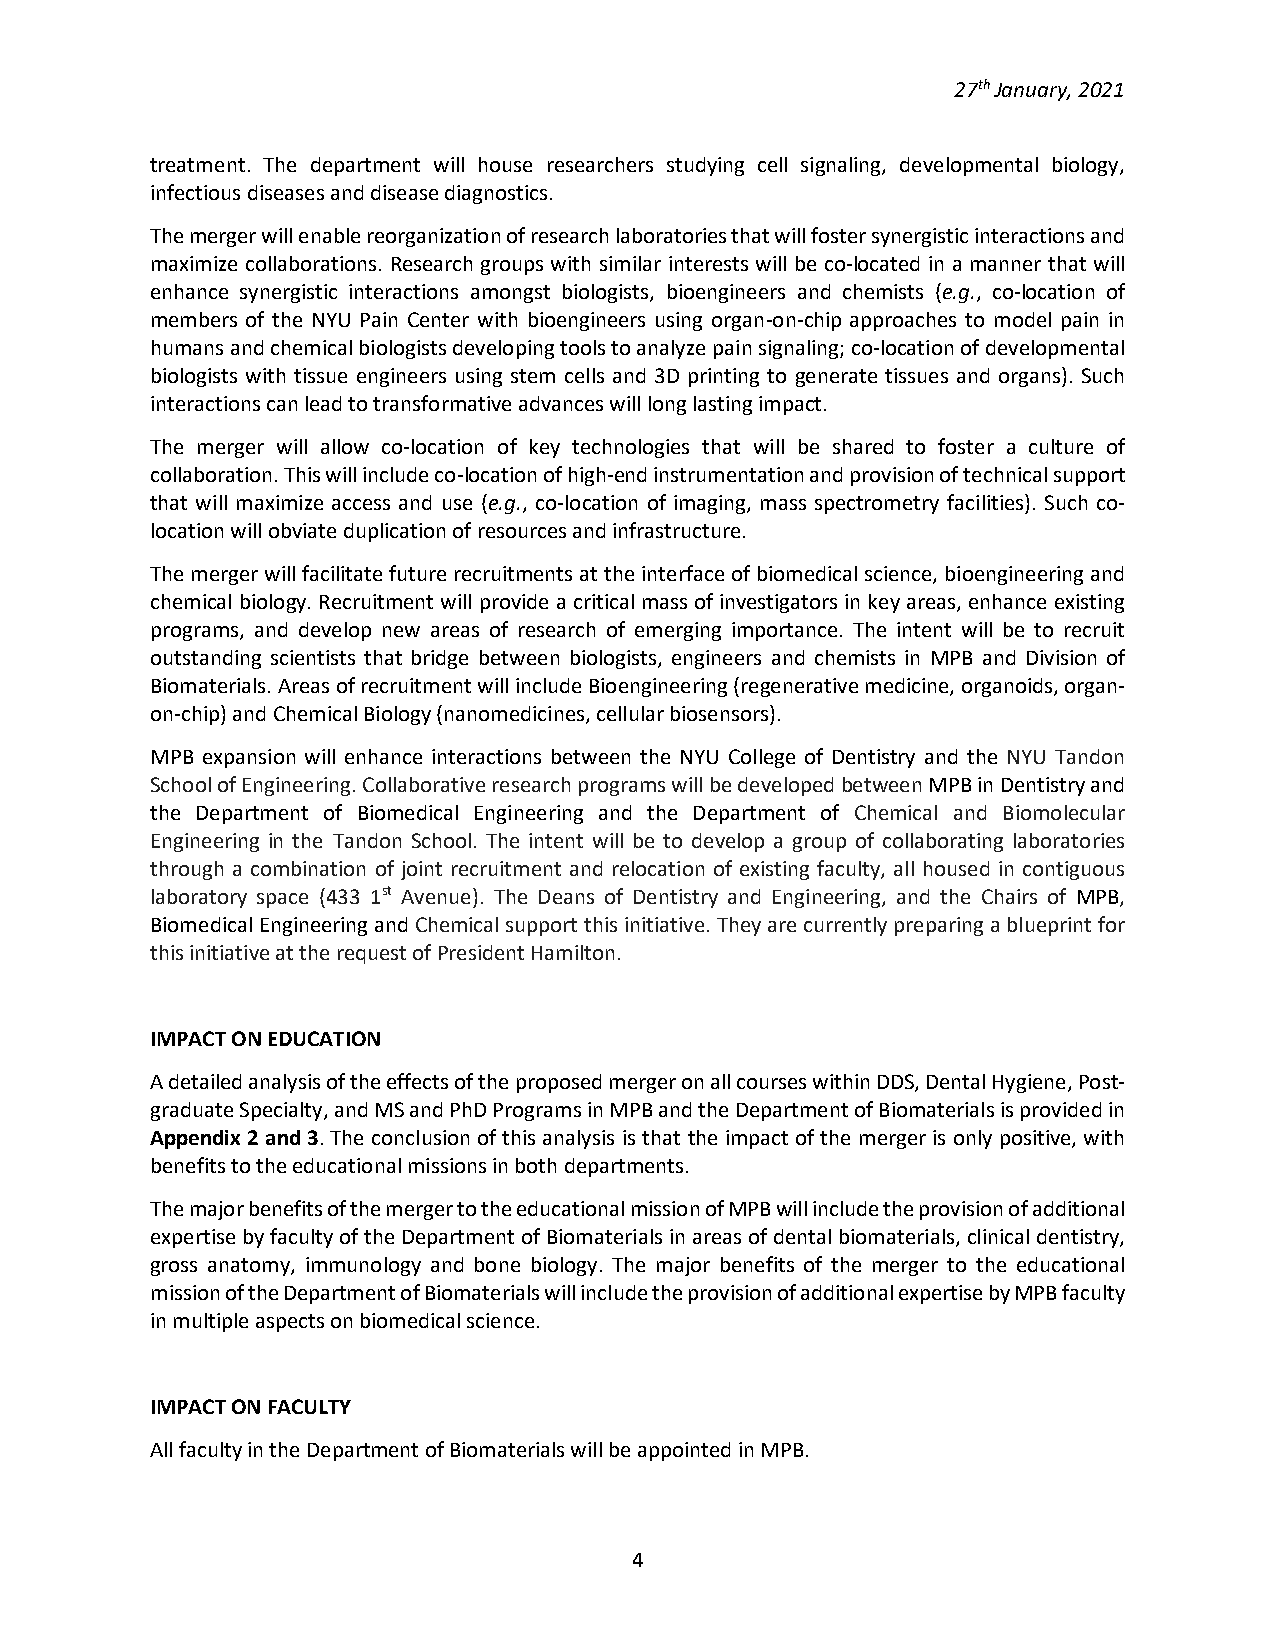
27th January, 2021
 treatment. The department will house researchers studying cell signaling, developmental biology,
 infectious diseases and disease diagnostics.
 The merger will enable reorganization of research laboratories that will foster synergistic interactions and
 maximize collaborations. Research groups with similar interests will be co-located in a manner that will
 enhance synergistic interactions amongst biologists, bioengineers and chemists (e.g., co-location of
 members of the NYU Pain Center with bioengineers using organ-on-chip approaches to model pain in
 humans and chemical biologists developing tools to analyze pain signaling; co-location of developmental
 biologists with tissue engineers using stem cells and 3D printing to generate tissues and organs). Such
 interactions can lead to transformative advances will long lasting impact.
 The merger will allow co-location of key technologies that will be shared to foster a culture of
 collaboration. This will include co-location of high-end instrumentation and provision of technical support
 that will maximize access and use (e.g., co-location of imaging, mass spectrometry facilities). Such co-
 location will obviate duplication of resources and infrastructure.
 The merger will facilitate future recruitments at the interface of biomedical science, bioengineering and
 chemical biology. Recruitment will provide a critical mass of investigators in key areas, enhance existing
 programs, and develop new areas of research of emerging importance. The intent will be to recruit
 outstanding scientists that bridge between biologists, engineers and chemists in MPB and Division of
 Biomaterials. Areas of recruitment will include Bioengineering (regenerative medicine, organoids, organ-
 on-chip) and Chemical Biology (nanomedicines, cellular biosensors).
 MPB expansion will enhance interactions between the NYU College of Dentistry and the NYU Tandon
 School of Engineering. Collaborative research programs will be developed between MPB in Dentistry and
 the Department of Biomedical Engineering and the Department of Chemical and Biomolecular
 Engineering in the Tandon School. The intent will be to develop a group of collaborating laboratories
 through a combination of joint recruitment and relocation of existing faculty, all housed in contiguous
 laboratory space (433 1st Avenue). The Deans of Dentistry and Engineering, and the Chairs of MPB,
 Biomedical Engineering and Chemical support this initiative. They are currently preparing a blueprint for
 this initiative at the request of President Hamilton.
 IMPACT ON EDUCATION
 A detailed analysis of the effects of the proposed merger on all courses within DDS, Dental Hygiene, Post-
 graduate Specialty, and MS and PhD Programs in MPB and the Department of Biomaterials is provided in
 Appendix 2 and 3. The conclusion of this analysis is that the impact of the merger is only positive, with
 benefits to the educational missions in both departments.
 The major benefits of the merger to the educational mission of MPB will include the provision of additional
 expertise by faculty of the Department of Biomaterials in areas of dental biomaterials, clinical dentistry,
 gross anatomy, immunology and bone biology. The major benefits of the merger to the educational
 mission of the Department of Biomaterials will include the provision of additional expertise by MPB faculty
 in multiple aspects on biomedical science.
 IMPACT ON FACULTY
 All faculty in the Department of Biomaterials will be appointed in MPB.
 4